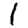
Digit: 1